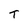
Character: T